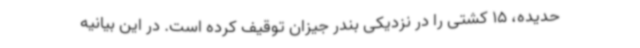
حدیده، 15 کشتی را در نزدیکی بندر جیزان توقیف کرده است. در این بیانیه